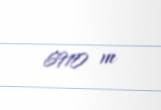
6910 m